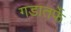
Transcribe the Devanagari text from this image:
गडातर्फे